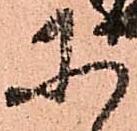
に